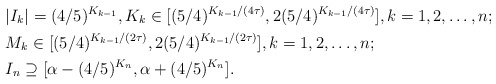
\begin{align*}&|I_k| = (4/5)^{K_{k-1}}, K_k \in [(5/4)^{K_{k-1}/(4\tau)}, 2(5/4)^{K_{k-1}/(4\tau)}], k = 1, 2, \dots, n; \\&M_k \in [(5/4)^{K_{k-1}/(2\tau)}, 2(5/4)^{K_{k-1}/(2\tau)}], k = 1, 2, \dots, n; \\&I_n \supseteq [\alpha - (4/5)^{K_n}, \alpha + (4/5)^{K_n}].\end{align*}